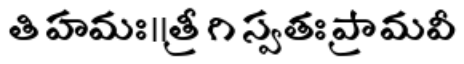
తి హమః॥త్రీ గి స్వతః ప్రామవీ